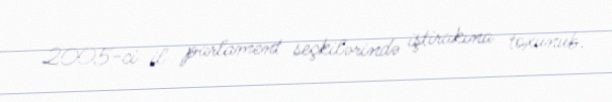
2005-ci il parlament seçkilərində iştirakına toxunub.